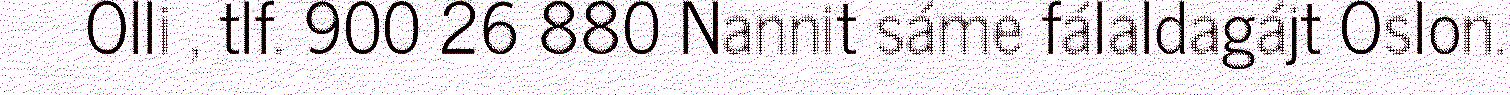
Olli , tlf. 900 26 880 Nannit sáme fálaldagájt Oslon.